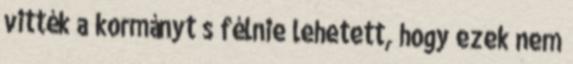
vitték a kormányt s félnie lehetett, hogy ezek nem